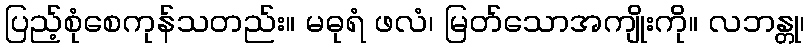
ပြည့်စုံစေကုန်သတည်း။ မဓုရံ ဖလံ၊ မြတ်သောအကျိုးကို။ လဘန္တု၊